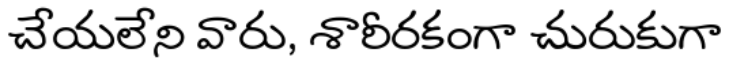
చేయలేని వారు, శారీరకంగా చురుకుగా